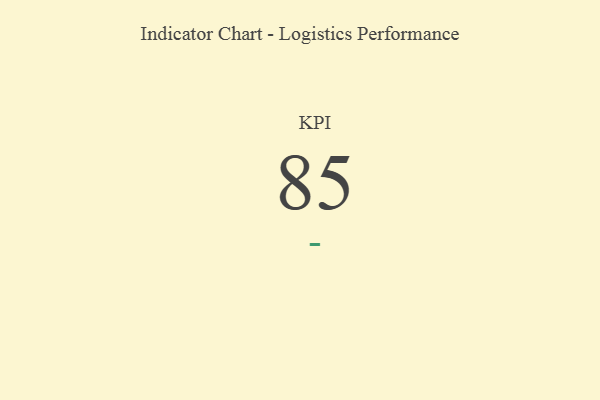
{"axis": {"x": "KPI", "y": "Value"}, "legend": [""], "data": [{"x": "KPI", "y": 85, "type": ""}]}